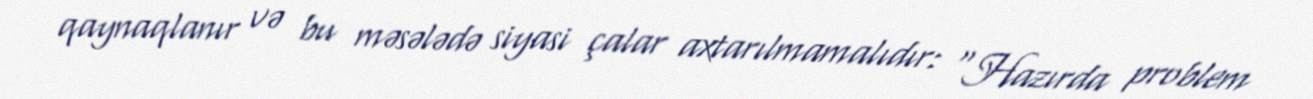
qaynaqlanır və bu məsələdə siyasi çalar axtarılmamalıdır: “Hazırda problem